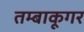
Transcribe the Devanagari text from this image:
तम्बाकूगर